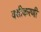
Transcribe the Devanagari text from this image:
वशीकरणी